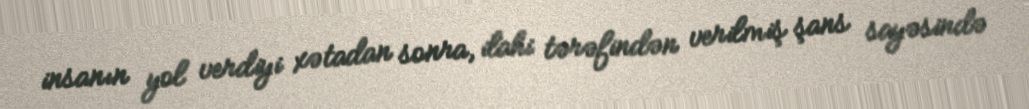
insanın yol verdiyi xətadan sonra, ilahi tərəfindən verilmiş şans sayəsində